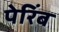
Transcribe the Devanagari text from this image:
पेरिंब